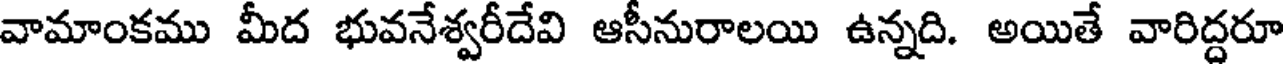
వామాంకము మీద భువనేశ్వరీదేవి ఆసీనురాలయి ఉన్నది. అయితే వారిద్దరూ